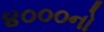
૪૦૦૦નો